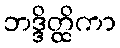
ဘဒ္ဒိတ္ထိကာ